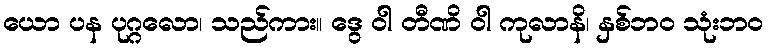
ယော ပန ပုဂ္ဂလော၊ သည်ကား။ ဒွေ ဝါ တီဏိ ဝါ ကုလာနိ၊ နှစ်ဘဝ သုံးဘဝ